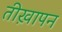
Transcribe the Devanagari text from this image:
तीख़ापन